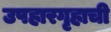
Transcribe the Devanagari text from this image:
उपहारगृहाची